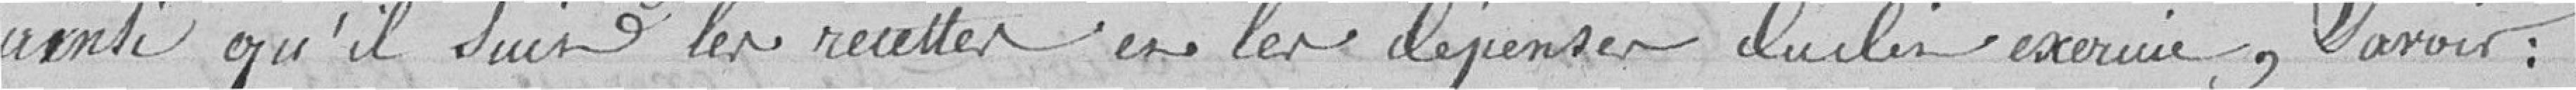
ainsi qu'il suit les recettes et les dépenses dudit exercice, savoir :